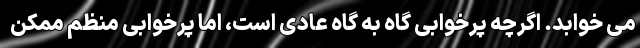
می خوابد. اگرچه پرخوابی گاه به گاه عادی است، اما پرخوابی منظم ممکن